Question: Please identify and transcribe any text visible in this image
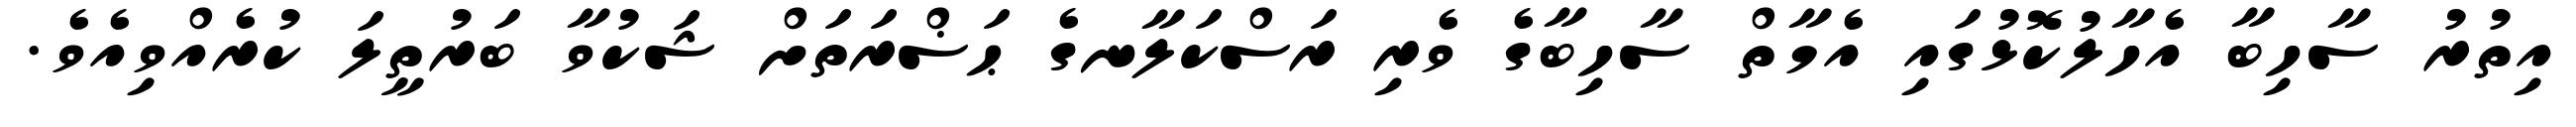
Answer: އިތުރު ސާހިބާ އެހާލުކޮޅުގައި އެމާތް ސާހިބާގެ ވެރި ރަސްކަލާނގެ ޙަޟްރަތަށް ޝަކުވާ ބަރުތީލަ ކުރެއްވިއެވެ.